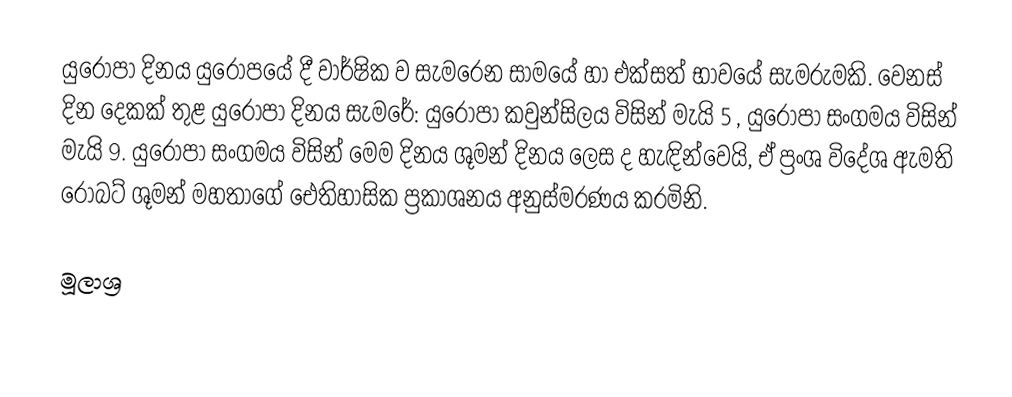
යුරෝපා දිනය යුරෝපයේ දී වාර්ෂික ව සැමරෙන සාමයේ හා එක්සත් භාවයේ සැමරුමකි. වෙනස් දින දෙකක් තුළ යුරෝපා දිනය සැමරේ: යුරෝපා කවුන්සිලය විසින් මැයි 5 , යුරෝපා සංගමය විසින් මැයි 9. යුරෝපා සංගමය විසින් මෙම දිනය ශූමන් දිනය ලෙස ද හැඳින්වෙයි, ඒ ප්‍රංශ විදේශ ඇමති රොබට් ශූමන් මහතාගේ ඓතිහාසික ප්‍රකාශනය අනුස්මරණය කරමිනි.

මූලාශ්‍ර